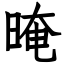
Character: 晻